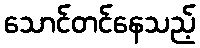
သောင်တင်နေသည့်